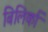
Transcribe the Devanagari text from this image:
बिलिर्का